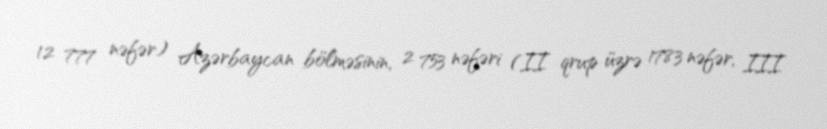
12 777 nəfər) Azərbaycan bölməsinin, 2 753 nəfəri (II qrup üzrə 1783 nəfər, III